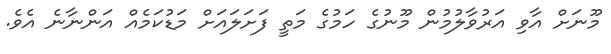
މޫނަށް އާވި އަރުވާލުމުން މޫނުގެ ހަމުގެ މަތީ ފަށަލައަށް މަޑުކަމެއް އަންނާނެ އެވެ.